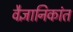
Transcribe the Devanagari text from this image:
वैज्ञानिकांत